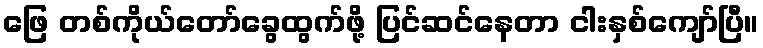
ဖြေ တစ်ကိုယ်တော်ခွေထွက်ဖို့ ပြင်ဆင်နေတာ ငါးနှစ်ကျော်ပြီ။